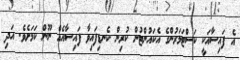
އެ ފައިސާއަކީ ކަސްޓަމަރުންގެ އެކައުންޓުން ކުރިން ކެނޑިފައިވާ ފައިސާއެއް ނޫން ކަމަށެވެ. އަދި